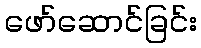
ဖော်ဆောင်ခြင်း